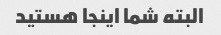
البته شما اینجا هستید